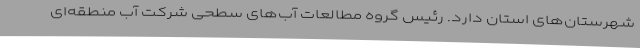
شهرستان‌های استان دارد. رئیس گروه مطالعات آب‌های سطحی شرکت آب منطقه‌ای